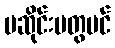
မဆိုင်းမတွပင်